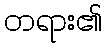
တရား၏